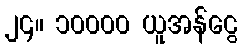
၂၄။ ၁၀၀၀၀ ယူအန်ငွေ